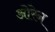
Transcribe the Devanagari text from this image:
ओरेन